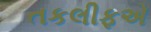
તકલીફએ